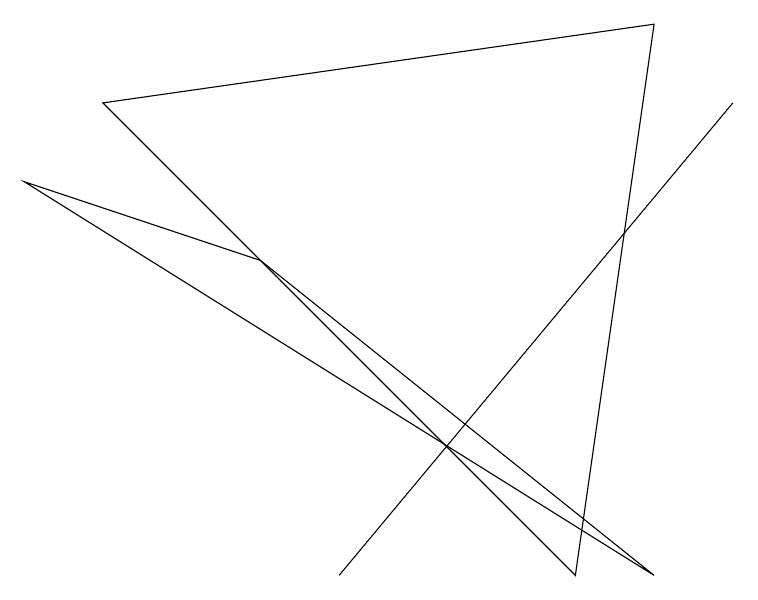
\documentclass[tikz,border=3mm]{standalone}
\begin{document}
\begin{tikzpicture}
\draw (8,9) -- (7,2) -- (1,8) -- cycle;
\draw (8,2) -- (0,7) -- (3,6) -- cycle;
\draw (4,2) -- (9,8) -- (4,2) -- cycle;
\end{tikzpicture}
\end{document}